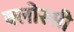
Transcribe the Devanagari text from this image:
क्लोस्सी